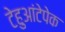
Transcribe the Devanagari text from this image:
टेहुआंटेपेक